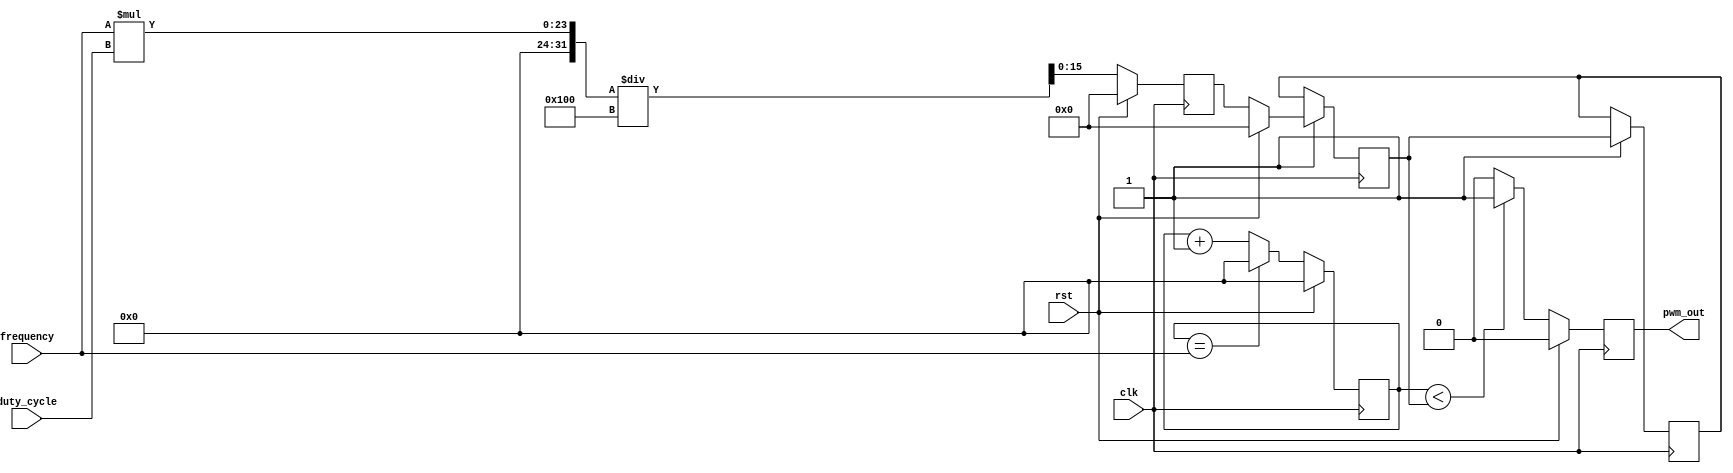
module PWM_Pulse_Generator (
    input wire clk,
    input wire rst,
    input wire [7:0] duty_cycle,
    input wire [15:0] frequency,
    output reg pwm_out
);

// Control module
reg [15:0] pulse_width;
always @(posedge clk) begin
    if (rst)
        pulse_width <= 16'b0;
    else
        pulse_width <= (frequency * duty_cycle) / 256;
end

// Synchronization module
reg [15:0] sync_pulse_width;
reg [15:0] master_sync_pulse_width;
reg sync;
always @(posedge clk) begin
    if (rst)
        sync_pulse_width <= 16'b0;
    else
        sync_pulse_width <= pulse_width;
    
    if (sync)
        master_sync_pulse_width <= sync_pulse_width;
    else
        sync_pulse_width <= master_sync_pulse_width;
end

// Timing module
reg [7:0] count;
reg clk_tick;
always @(posedge clk) begin
    if (rst)
        count <= 8'b0;
    else if (count == frequency)
        count <= 8'b0;
    else
        count <= count + 1;
    
    clk_tick <= (count == 0);
end

// PWM generation
always @(posedge clk) begin
    if (rst)
        pwm_out <= 1'b0;
    else if (count < sync_pulse_width)
        pwm_out <= 1'b1;
    else
        pwm_out <= 1'b0;
end

endmodule